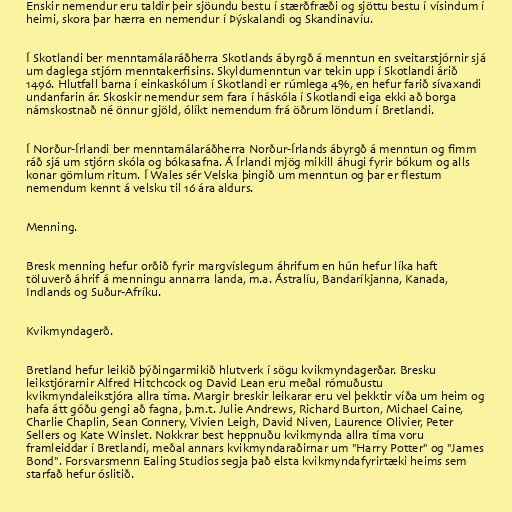
Enskir nemendur eru taldir þeir sjöundu bestu í stærðfræði og sjöttu bestu í vísindum í
heimi, skora þar hærra en nemendur í Þýskalandi og Skandinavíu.

Í Skotlandi ber menntamálaráðherra Skotlands ábyrgð á menntun en sveitarstjórnir sjá
um daglega stjórn menntakerfisins. Skyldumenntun var tekin upp í Skotlandi árið
1496. Hlutfall barna í einkaskólum í Skotlandi er rúmlega 4%, en hefur farið sívaxandi
undanfarin ár. Skoskir nemendur sem fara í háskóla í Skotlandi eiga ekki að borga
námskostnað né önnur gjöld, ólíkt nemendum frá öðrum löndum í Bretlandi.

Í Norður-Írlandi ber menntamálaráðherra Norður-Írlands ábyrgð á menntun og fimm
ráð sjá um stjórn skóla og bókasafna. Á Írlandi mjög mikill áhugi fyrir bókum og alls
konar gömlum ritum. Í Wales sér Velska þingið um menntun og þar er flestum
nemendum kennt á velsku til 16 ára aldurs.

Menning.

Bresk menning hefur orðið fyrir margvíslegum áhrifum en hún hefur líka haft
töluverð áhrif á menningu annarra landa, m.a. Ástralíu, Bandaríkjanna, Kanada,
Indlands og Suður-Afríku.

Kvikmyndagerð.

Bretland hefur leikið þýðingarmikið hlutverk í sögu kvikmyndagerðar. Bresku
leikstjórarnir Alfred Hitchcock og David Lean eru meðal rómuðustu
kvikmyndaleikstjóra allra tíma. Margir breskir leikarar eru vel þekktir víða um heim og
hafa átt góðu gengi að fagna, þ.m.t. Julie Andrews, Richard Burton, Michael Caine,
Charlie Chaplin, Sean Connery, Vivien Leigh, David Niven, Laurence Olivier, Peter
Sellers og Kate Winslet. Nokkrar best heppnuðu kvikmynda allra tíma voru
framleiddar í Bretlandi, meðal annars kvikmyndaraðirnar um "Harry Potter" og "James
Bond". Forsvarsmenn Ealing Studios segja það elsta kvikmyndafyrirtæki heims sem
starfað hefur óslitið.